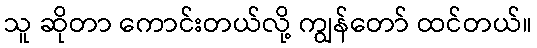
သူ ဆိုတာ ကောင်းတယ်လို့ ကျွန်တော် ထင်တယ်။